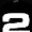
Digit: 2